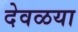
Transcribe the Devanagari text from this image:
देवळया